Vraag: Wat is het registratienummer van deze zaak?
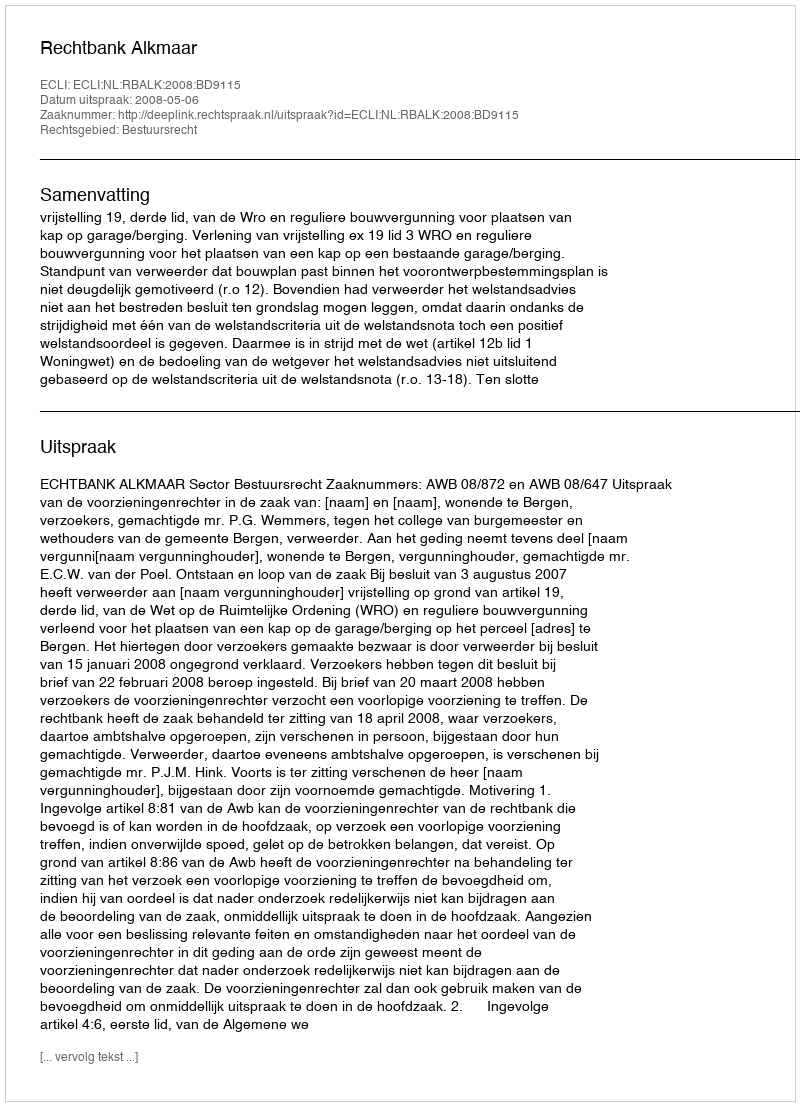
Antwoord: http://deeplink.rechtspraak.nl/uitspraak?id=ECLI:NL:RBALK:2008:BD9115